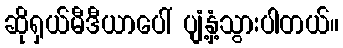
ဆိုရှယ်မီဒီယာပေါ် ပျံ့နှံ့သွားပါတယ်။